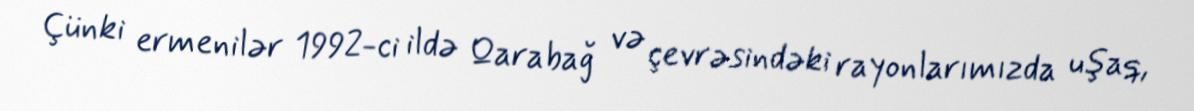
Çünki ermenilər 1992-ci ildə Qarabağ və çevrəsindəki rayonlarımızda uşaq,